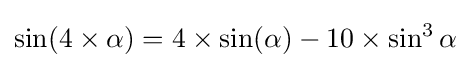
\sin(4\times \alpha )=4\times \sin(\alpha )-10\times \sin ^{3}\alpha